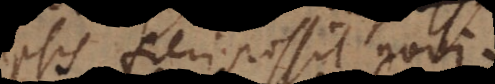
ipsis fieri possit novi.